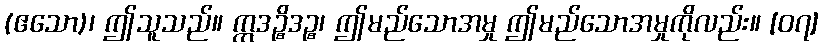
(ဧသော)၊ ဤသူသည်။ ဣဒဉ္စိဒဉ္စ၊ ဤမည်သောအမှု ဤမည်သောအမှုကိုလည်း။ [၀၇]